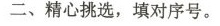
二、精心挑选，填对序号。